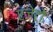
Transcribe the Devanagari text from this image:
एजेटों